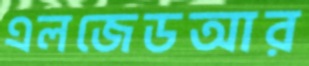
এলজেডআর